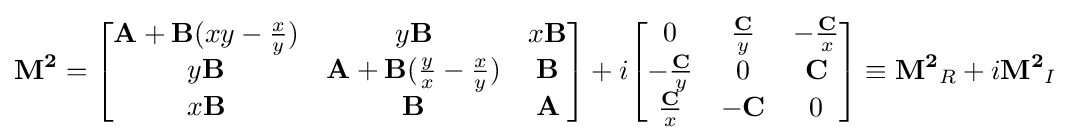
\mathbf {M^{2}} ={\begin{bmatrix}\mathbf {A} +\mathbf {B} (xy-{x \over y})&y\mathbf {B} &x\mathbf {B} \\y\mathbf {B} &\mathbf {A} +\mathbf {B} ({y \over x}-{x \over y})&\mathbf {B} \\x\mathbf {B} &\mathbf {B} &\mathbf {A} \end{bmatrix}}+i{\begin{bmatrix}0&{\mathbf {C}  \over y}&-{\mathbf {C}  \over x}\\-{\mathbf {C}  \over y}&0&\mathbf {C} \\{\mathbf {C}  \over x}&-\mathbf {C} &0\end{bmatrix}}\equiv \mathbf {M^{2}} _{R}+i\mathbf {M^{2}} _{I}